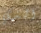
الذي